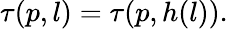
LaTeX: \tau(p,l)=\tau(p,h(l)).